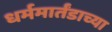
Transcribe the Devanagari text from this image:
धर्ममार्तंडाच्या